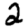
Digit: 2